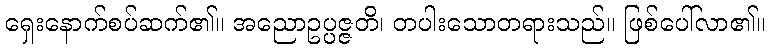
ရှေးနောက်စပ်ဆက်၏။ အညောဥပ္ပဇ္ဇတိ၊ တပါးသောတရားသည်။ ဖြစ်ပေါ်လာ၏။